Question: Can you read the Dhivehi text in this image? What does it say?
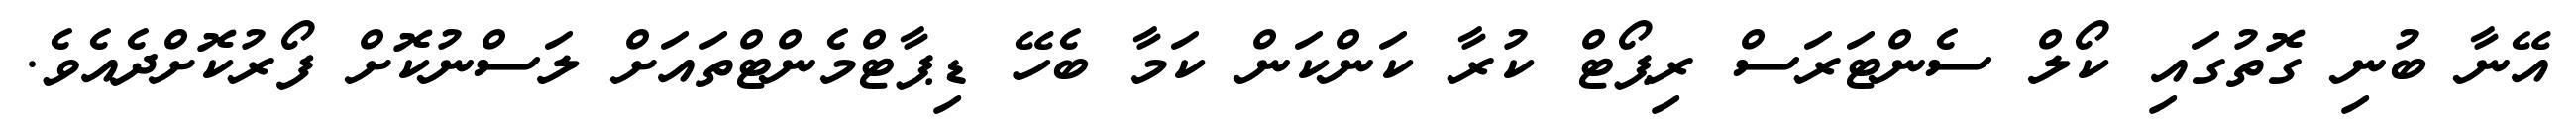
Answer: އޭނާ ބުނި ގޮތުގައި ކޯލް ސެންޓަރަސް ރިޕޯޓް ކުރާ ކަންކަން ކަމާ ބެހޭ ޑިޕާޓްމެންޓްތައަށް ލަސްނުކޮށް ފޯރުކޮށްދެއެވެ.